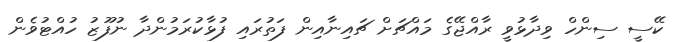
ކޭސީ ސިންހް ވިދާޅުވީ ރާއްޖޭގެ މައްޗަށް ޗައިނާއިން ފަތުރައި ފުޅާކުރަމުންދާ ނުފޫޒު ހުއްޓުވެން